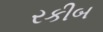
રકીબ